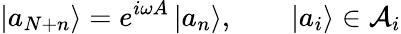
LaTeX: \left|a_{N+n}\right\rangle=e^{i\omega A}\left|a_{n}\right\rangle,\qquad\left|a_{i}\right\rangle\in{\cal A}_{i}